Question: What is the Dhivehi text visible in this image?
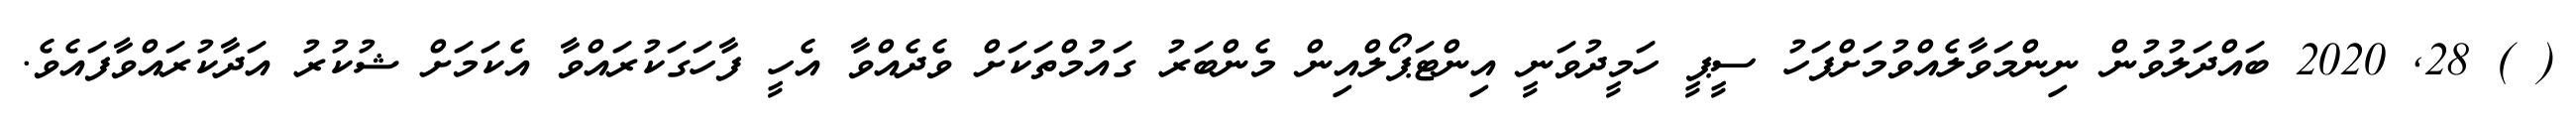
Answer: ( ) 28, 2020 ބައްދަލުވުން ނިންމަވާލެއްވުމަށްފަހު ސީޕީ ހަމީދުވަނީ އިންޓަޕޯލްއިން މެންބަރު ގައުމްތަކަށް ވެދެއްވާ އެހީ ފާހަގަކުރައްވާ އެކަމަށް ޝުކުރު އަދާކުރައްވާފައެވެ.